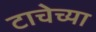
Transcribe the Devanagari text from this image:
टाचेच्या